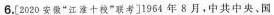
6.[2020安徽”江淮十校”联考]1964年8月，中共中央、国